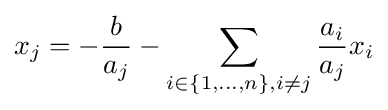
x_{j}=-{\frac {b}{a_{j}}}-\sum _{i\in \{1,\ldots ,n\},i\neq j}{\frac {a_{i}}{a_{j}}}x_{i}